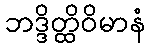
ဘဒ္ဒိတ္ထိဝိမာနံ